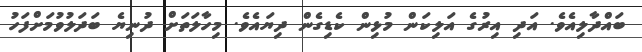
ބައްދާލިއެވެ. އަދި އިރުގެ އަލިކަން މުޅިން ކެޑިގެން ދިޔައެވެ. މިހާލަތަށް ދުނިޔެ ބަދަލުވުމަށްފަހު